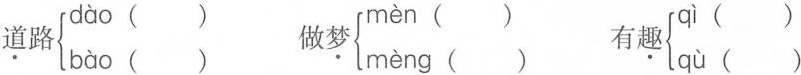
\underset{·}{道}路\left\{ \begin{matrix} dào ()\\ bào () \end{matrix} \right. 做\underset{·}{梦} \left\{ \begin{matrix} mèn ()\\ mèng () \end{matrix} \right. 有\underset{·}{趣} \left\{ \begin{matrix} qì ()\\ qù () \end{matrix} \right.